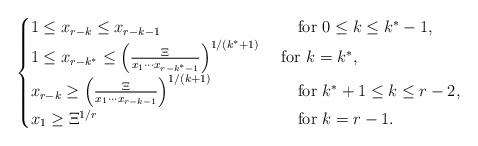
LaTeX: \begin{align*}\begin{cases}1\leq x_{r-k}\leq x_{r-k-1}& \quad\mbox{ for } 0\leq k\leq k^*-1,\\1\leq x_{r-k^*}\leq \left(\frac{\Xi}{x_1\cdots x_{r-k^*-1}}\right)^{1/(k^*+1)}& \mbox{ for } k=k^*,\\x_{r-k}\geq \left(\frac{\Xi}{x_1\cdots x_{r-k-1}}\right)^{1/(k+1)} & \quad\mbox{ for } k^*+1\leq k\leq r-2,\\x_{1}\geq \Xi^{1/r}& \quad\mbox{ for } k= r-1.\end{cases}\end{align*}